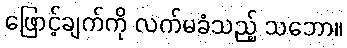
ဖြောင့်ချက်ကို လက်မခံသည့် သဘော။